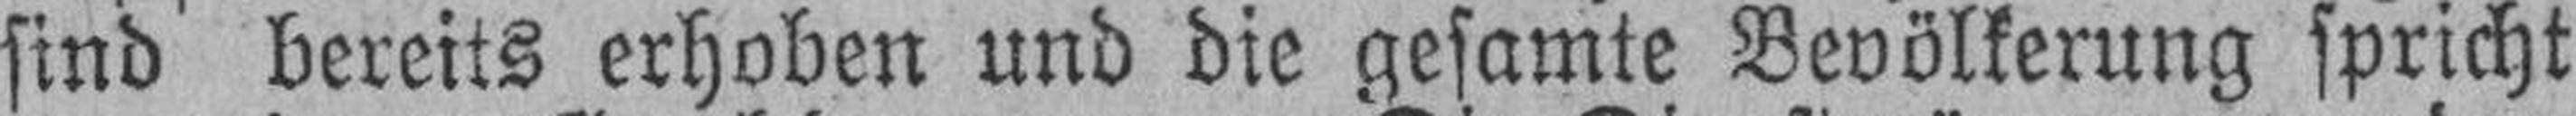
sind bereits erhoben und die gesamte Bevölkerung spricht